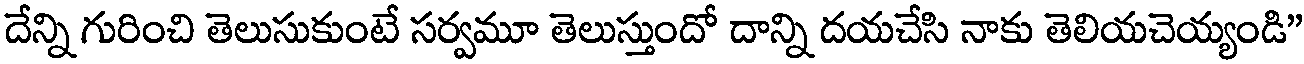
దేన్ని గురించి తెలుసుకుంటే సర్వమూ తెలుస్తుందో దాన్ని దయచేసి నాకు తెలియచెయ్యండి"